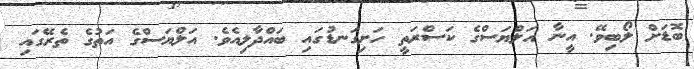
ބޮޑަށް ލޯބިވޭ. އީނާ އަލްޔަސްގެ ކަސްރަތީ ހަށިގަނޑުގައި ބައްދާލިއެވެ. އަލްޔަސްގެ އަތުގެ ތެރޭގައި